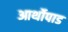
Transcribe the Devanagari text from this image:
आर्थोपाड